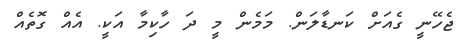
ޖެހޭނީ ގެއަށް ކަނޑާލަން. މަމެން މީ ދަ ހާކިމާ އަކީ. އެއް ގޮތެއް